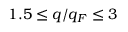
1 . 5 \leq q / q _ { F } \leq 3